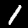
Digit: 1